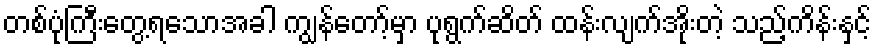
တစ်ပုံကြီးတွေ့ရသောအခါ ကျွန်တော့်မှာ ပုရွက်ဆိတ် ထန်းလျက်အိုးတဲ့ သည့်ကိန်းနှင့်